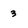
Character: 3